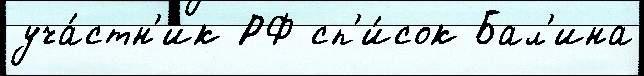
уча́стн'ик РФ сп'и́сок Бал'ина